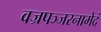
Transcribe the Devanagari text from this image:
वज्रपञ्जरनामेदं